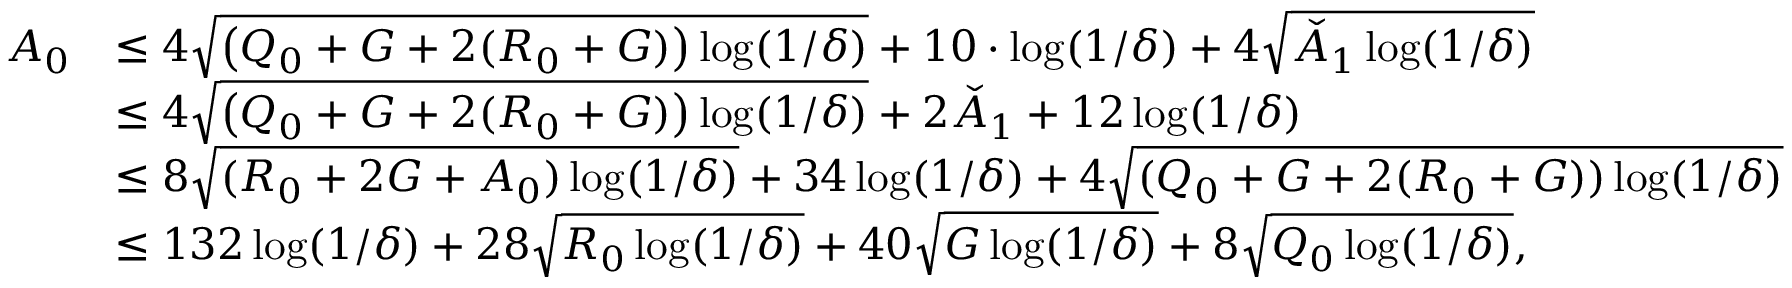
\begin{array} { r l } { A _ { 0 } } & { \le 4 \sqrt { \big ( Q _ { 0 } + G + 2 ( R _ { 0 } + G ) \big ) \log ( 1 / \delta ) } + 1 0 \cdot \log ( 1 / \delta ) + 4 \sqrt { \check { A } _ { 1 } \log ( 1 / \delta ) } } \\ & { \le 4 \sqrt { \big ( Q _ { 0 } + G + 2 ( R _ { 0 } + G ) \big ) \log ( 1 / \delta ) } + 2 \check { A } _ { 1 } + 1 2 \log ( 1 / \delta ) } \\ & { \le 8 \sqrt { ( R _ { 0 } + 2 G + A _ { 0 } ) \log ( 1 / \delta ) } + 3 4 \log ( 1 / \delta ) + 4 \sqrt { ( Q _ { 0 } + G + 2 ( R _ { 0 } + G ) ) \log ( 1 / \delta ) } } \\ & { \le 1 3 2 \log ( 1 / \delta ) + 2 8 \sqrt { R _ { 0 } \log ( 1 / \delta ) } + 4 0 \sqrt { G \log ( 1 / \delta ) } + 8 \sqrt { Q _ { 0 } \log ( 1 / \delta ) } , } \end{array}